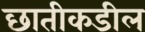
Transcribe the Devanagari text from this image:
छातीकडील